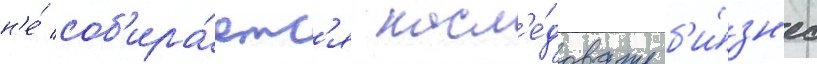
н'е́ соб'ира́етс'я насл'е́довать б'и́зн'ес